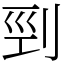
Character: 剄